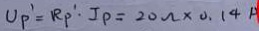
U _ { P ^ { \prime } } = R _ { P ^ { \prime } } \cdot I P = 2 0 \Omega \times 0 . 1 4 A